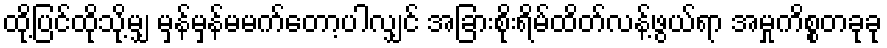
ထို့ပြင်ထိုသို့မျှ မှန်မှန်မမက်တော့ပါလျှင် အခြားစိုးရိမ်ထိတ်လန့်ဖွယ်ရာ အမှုကိစ္စတခုခု